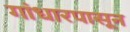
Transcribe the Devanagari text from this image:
गांधारपासून